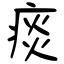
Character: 痰